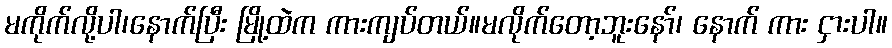
မကိုက်လို့ပါ၊နောက်ပြီး မြို့ထဲက ကားကျပ်တယ်။မလိုက်တော့ဘူးနော်၊ နောက် ကား ငှားပါ။